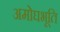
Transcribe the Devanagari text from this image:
अमोघभूति